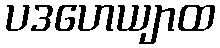
ပဒဟေယျာထ